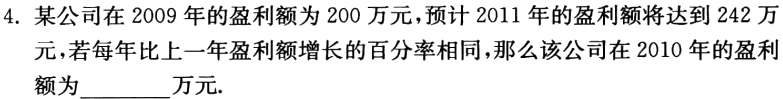
4. 某公司在 2009 年的盈利额为 200 万元，预计 2011 年的盈利额将达到 242 万元，若每年比上一年盈利额增长的百分率相同，那么该公司在 2010 年的盈利额为______万元.